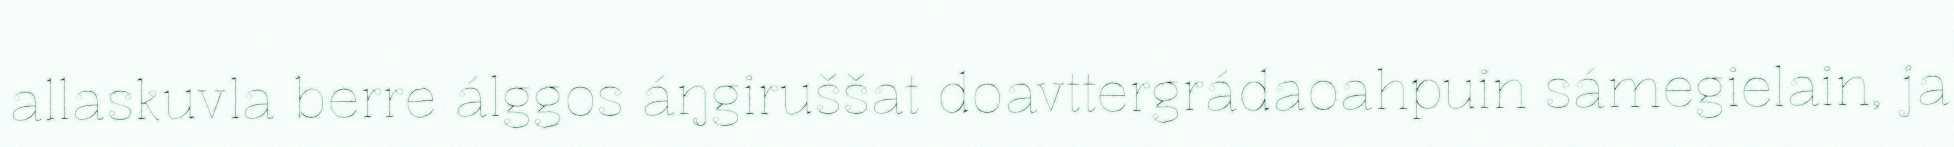
allaskuvla berre álggos áŋgiruššat doavttergrádaoahpuin sámegielain, ja